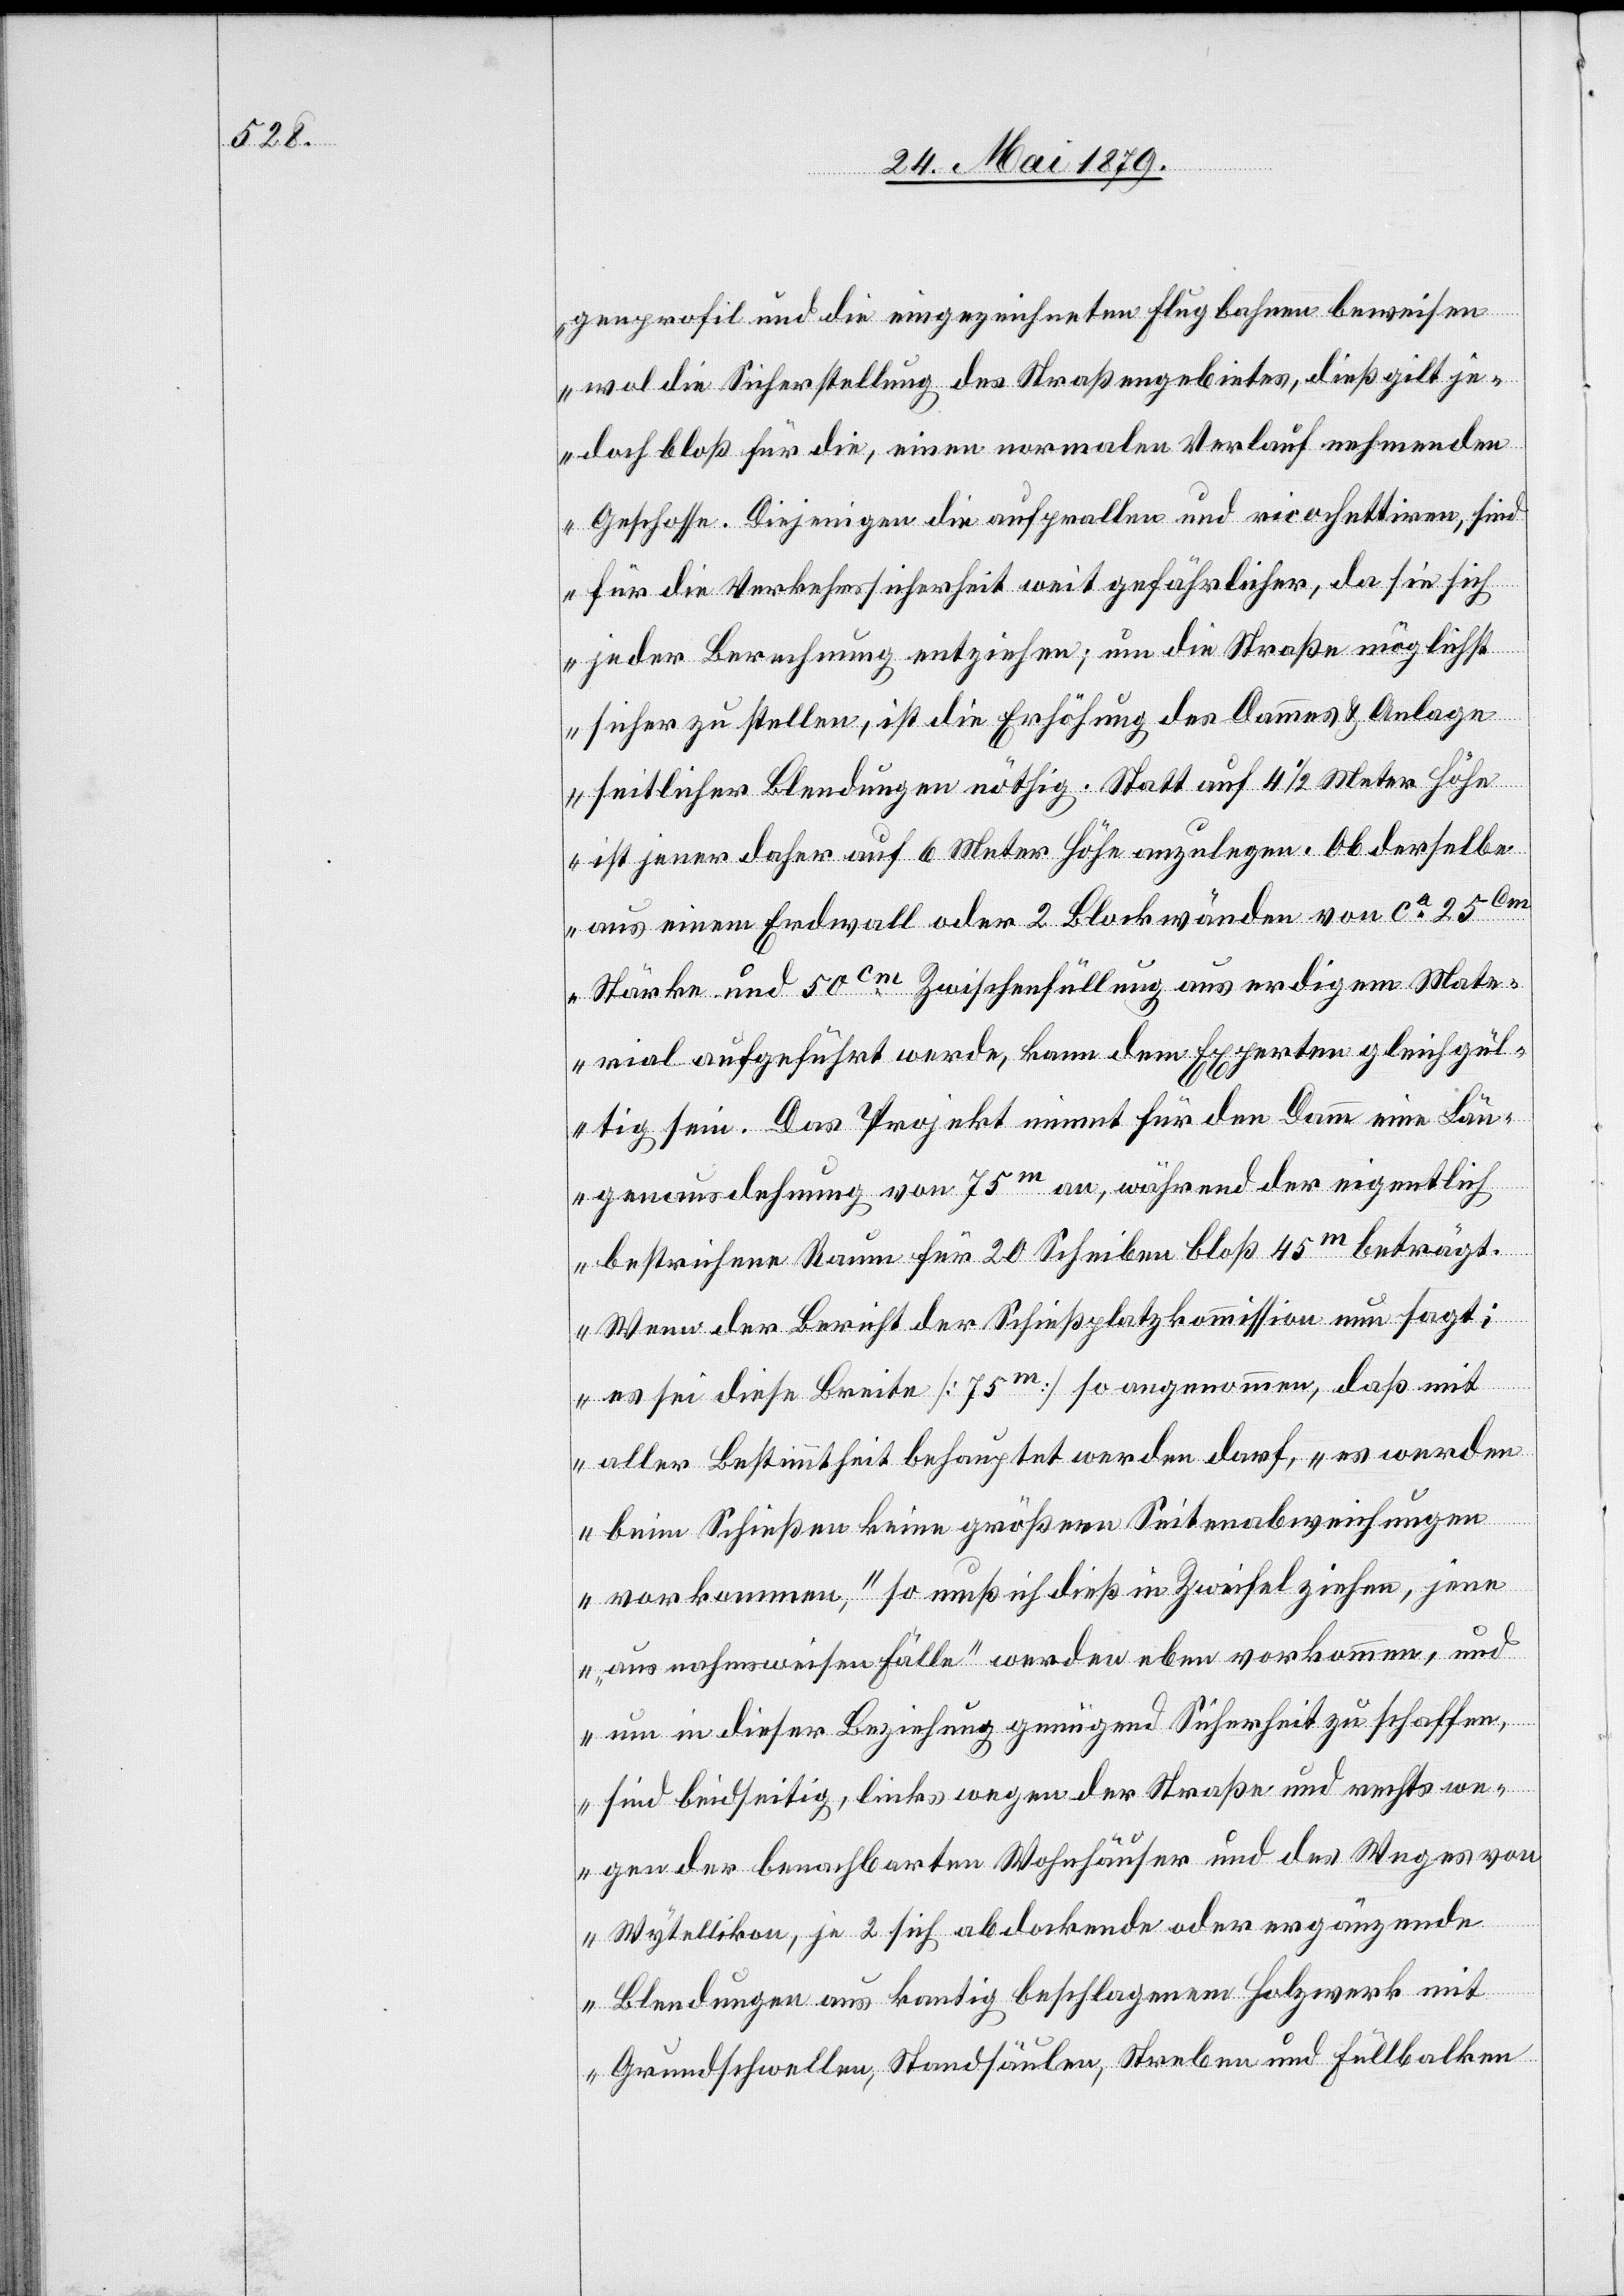
genprofil und die eingezeichneten Flugbahnen beweisen
wol die Sicherstellung des Straßengebietes, dieß gilt je¬
doch bloß für die, einen normalen Verlauf nehmenden
Geschosse. Diejenigen die aufprallen und ricochettiren, sind
für die Verkehrssicherheit weit gefährlicher, da sie sich
jeder Berechnung entziehen; um die Straße möglichst
sicher zu stellen, ist die Erhöhung des Dammes & Anlage
seitlicher Blendungen nöthig. Statt auf 4 1/2 Meter Höhe
ist jener daher auf 6 Meter Höhe anzulegen. Ob derselbe
aus einem Erdwall oder 2 Blockwänden von ca 25cm
Stärke und 50cm Zwischenfüllung aus erdigem Mate¬
rial aufgeführt werde, kann dem Experten gleichgül¬
tig sein. Das Projekt nimmt für den Damm eine Län¬
genausdehnung von 75m an, während der eigentlich
bestrichene Raum für 20 Scheiben bloß 45m beträgt.
Wenn der Bericht der Schießplatzkommission nun sagt:
es sei diese Breite [75m] so angenommen, daß mit
aller Bestimmtheit behauptet werden darf, „es werden
beim Schießen keine größern Seitenabweichungen
vorkommen,“ so muß ich dieß in Zweifel ziehen, jene
„ausnahmsweisen Fälle“ werden eben vorkommen, und
um in dieser Beziehung genügend Sicherheit zu schaffen,
sind beidseitig, links wegen der Straße und rechts we¬
gen der benachbarten Wohnhäuser und des Weges von
Wytellikon, je 2 sich abdockende oder ergänzende
Blendungen aus kantig beschlagenem Holzwerk mit
Grundschwellen, Standsäulen, Streben und Füllbalken